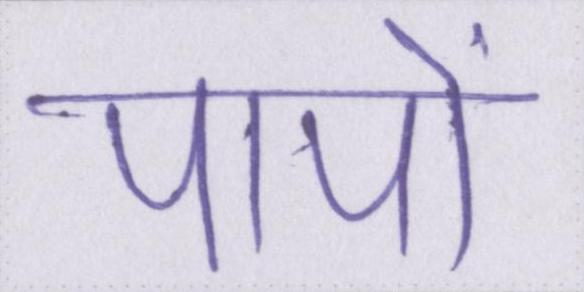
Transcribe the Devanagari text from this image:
पापों